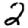
Digit: 2